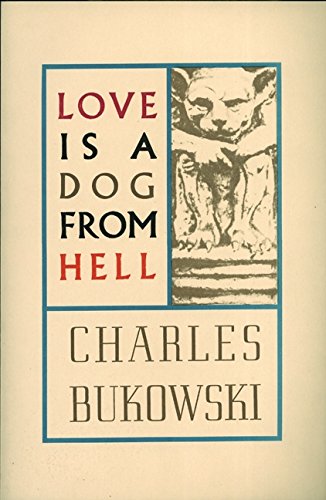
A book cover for Love is a Dog From Hell; Charles Bukowski; Literature & Fiction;